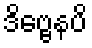
ဒိဗ္ဗေနပိ